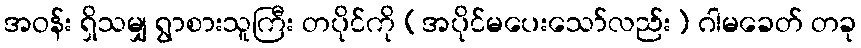
အဝန်း ရှိသမျှ ရွာစားသူကြီး တပိုင်ကို (အပိုင်မပေးသော်လည်း) ဂါမခေတ် တခု